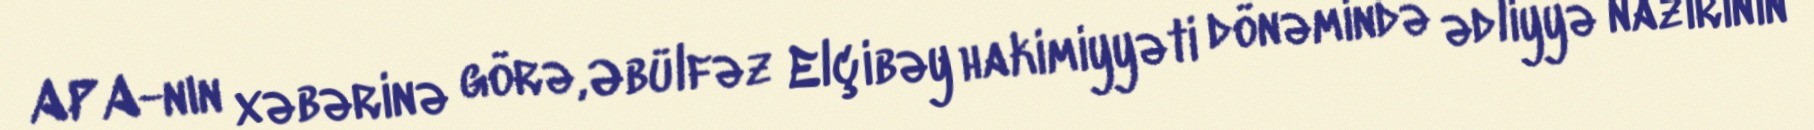
APA-nın xəbərinə görə, Əbülfəz Elçibəy hakimiyyəti dönəmində ədliyyə nazirinin